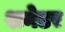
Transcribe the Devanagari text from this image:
शनेडर